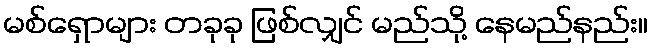
မစ်ရှောများ တခုခု ဖြစ်လျှင် မည်သို့ နေမည်နည်း။